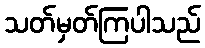
သတ်မှတ်ကြပါသည်